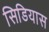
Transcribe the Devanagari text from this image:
सिडियास